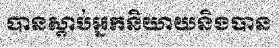
បានស្តាប់អ្នកនិយាយនិងបាន